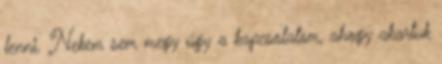
lenni. Nekem sem megy úgy a kapcsolatom, ahogy akartuk